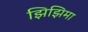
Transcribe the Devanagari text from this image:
झिझिमा